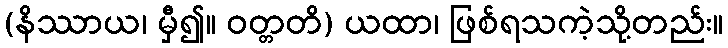
(နိဿာယ၊ မှီ၍။ ဝတ္တတိ) ယထာ၊ ဖြစ်ရသကဲ့သို့တည်း။